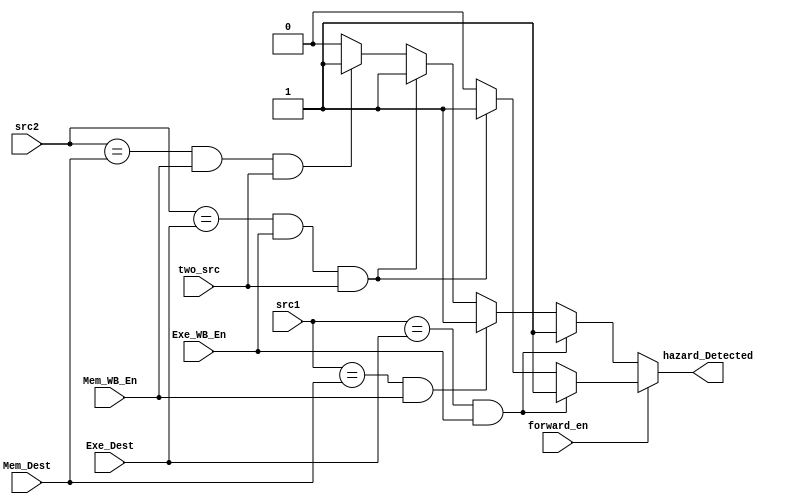
module HazardUnit(
  input [3:0] src1, src2,
  input [3:0] Exe_Dest,Mem_Dest,
  input two_src, forward_en,
  input Exe_WB_En, Mem_WB_En,
  output hazard_Detected
  );
	 assign hazard_not_forwarding = ( (src1 == Exe_Dest) && Exe_WB_En) ? 1'b1:
	 						  ( (src1 == Mem_Dest) && Mem_WB_En ) ? 1'b1:
	 						  ( (src2 == Exe_Dest) && Exe_WB_En && two_src) ? 1'b1:
	 						  ( (src2 == Mem_Dest) && Mem_WB_En && two_src) ? 1'b1:1'b0;

  assign hazard_forwarding = ( (src1 == Exe_Dest) && Exe_WB_En) ? 1'b1:
            ( (src2 == Exe_Dest) && Exe_WB_En && two_src) ? 1'b1:1'b0;
  assign hazard_Detected = (forward_en) ? hazard_forwarding : hazard_not_forwarding;

endmodule